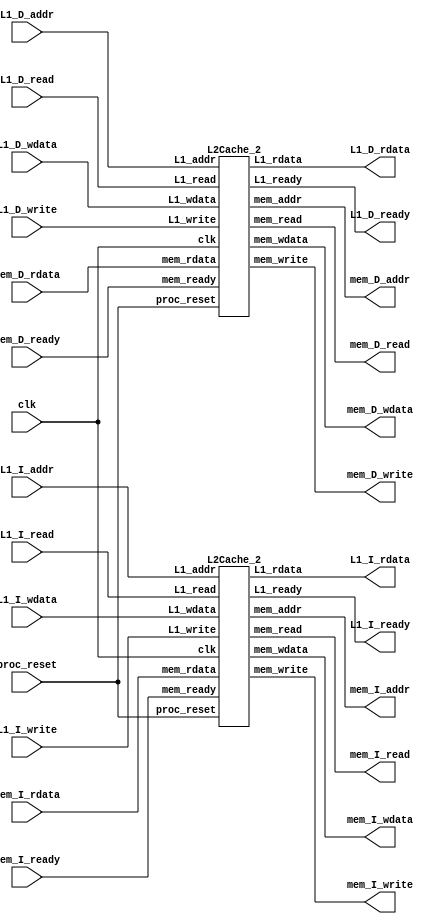


// 256 words total
`define CONST_block_size 128 // 4 word
`define CONST_block_num 64 // 64 block
`define CONST_associativity 2 // 2way
`define CONST_inst_block_num 32 // 50%

// inclusion policy : inclusive
// try  & Quick sort improvements

// log
// so far : port
// 
/* 
     3-state -> 5 state
    instruction prior to data

    CHIP.v 
    I D ?
    >  split

    I D 
        hasHazard : 544 / 1869
        L2Cache : 12852 / 46261
        ->  30%  data

    // Check:
        // addr  word -> 4 word
        // data 
        // rst => rst_n
*/
module L2Cache(
    // modified from HW4
    // 2-way associative cache, 8 block * 4 word
    clk,
    proc_reset,

    L1_I_read,
    L1_I_write, // noneed
    L1_I_addr,
    L1_I_rdata,
    L1_I_wdata, // noneed
    L1_I_ready,

    L1_D_read,
    L1_D_write,
    L1_D_addr,
    L1_D_rdata,
    L1_D_wdata,
    L1_D_ready,
    
    mem_I_read,
    mem_I_write, // noneed
    mem_I_addr,
    mem_I_rdata,
    mem_I_wdata, // noneed
    mem_I_ready,

    mem_D_read,
    mem_D_write,
    mem_D_addr,
    mem_D_rdata,
    mem_D_wdata,
    mem_D_ready
);
    
//==== input/output definition ============================
    input          clk;
    // processor interface
    input          proc_reset; 
    // L1 I_Cache
    input          L1_I_read, L1_I_write;
    input   [27:0] L1_I_addr;
    input   [127:0] L1_I_wdata;
    output /* reg */         L1_I_ready;
    output /* reg */  [127:0] L1_I_rdata;
    // L1 D_Cache
    input          L1_D_read, L1_D_write;
    input   [27:0] L1_D_addr;
    input   [127:0] L1_D_wdata;
    output /* reg */         L1_D_ready;
    output /* reg */  [127:0] L1_D_rdata;
    // I memory interface
    input  [127:0] mem_I_rdata;
    input          mem_I_ready;
    output /* reg */         mem_I_read, mem_I_write;
    output /* reg */ [27:0] mem_I_addr;
    output /* reg */ [127:0] mem_I_wdata;
    // D memory interface
    input  [127:0] mem_D_rdata;
    input          mem_D_ready;
    output /* reg */         mem_D_read, mem_D_write;
    output /* reg */ [27:0] mem_D_addr;
    output /* reg */ [127:0] mem_D_wdata;

    // test
    // assign mem_I_read = L1_I_read;
    // assign mem_I_write = L1_I_write;
    // assign mem_I_addr = L1_I_addr;
    // assign mem_I_wdata = L1_I_wdata;
    // assign L1_I_rdata = mem_I_rdata;
    // assign L1_I_ready = mem_I_ready;

    // assign mem_D_read = L1_D_read;
    // assign mem_D_write = L1_D_write;
    // assign mem_D_addr = L1_D_addr;
    // assign mem_D_wdata = L1_D_wdata;
    // assign L1_D_rdata = mem_D_rdata;
    // assign L1_D_ready = mem_D_ready;

    
// call instances
    L2Cache_2 I_Cache(
        .clk(clk),
        .proc_reset(proc_reset),

        .L1_read(L1_I_read),
        .L1_write(L1_I_write),
        .L1_addr(L1_I_addr),
        .L1_rdata(L1_I_rdata),
        .L1_wdata(L1_I_wdata),
        .L1_ready(L1_I_ready),

        .mem_read(mem_I_read),
        .mem_write(mem_I_write),
        .mem_addr(mem_I_addr),
        .mem_rdata(mem_I_rdata),
        .mem_wdata(mem_I_wdata),
        .mem_ready(mem_I_ready)
    );

    L2Cache_2 D_Cache(
        .clk(clk),
        .proc_reset(proc_reset),

        .L1_read(L1_D_read),
        .L1_write(L1_D_write),
        .L1_addr(L1_D_addr),
        .L1_rdata(L1_D_rdata),
        .L1_wdata(L1_D_wdata),
        .L1_ready(L1_D_ready),

        .mem_read(mem_D_read),
        .mem_write(mem_D_write),
        .mem_addr(mem_D_addr),
        .mem_rdata(mem_D_rdata),
        .mem_wdata(mem_D_wdata),
        .mem_ready(mem_D_ready)
    );

 /*    
//==== state definition ================================    
    reg [1:0] state_w, state_r;
    reg [1:0] state_D_w, state_D_r;
    localparam S_IDLE = 0;
    localparam S_WRITE_BACK = 1;
    localparam S_ALLOCATION = 2; */

/* //==== wire/reg definition ================================
    
    reg [127:0] data_w [0:(`CONST_block_num / `CONST_associativity)-1][0:`CONST_associativity-1];
    reg [127:0] data_r [0:(`CONST_block_num / `CONST_associativity)-1][0:`CONST_associativity-1];
    reg [25:0] tag_w [0:(`CONST_block_num / `CONST_associativity)-1][0:`CONST_associativity-1]; // 4-word addr 28bit -> 26 (/4)
    reg [25:0] tag_r [0:(`CONST_block_num / `CONST_associativity)-1][0:`CONST_associativity-1];
    reg valid_w [0:(`CONST_block_num / `CONST_associativity)-1][0:`CONST_associativity-1];
    reg valid_r [0:(`CONST_block_num / `CONST_associativity)-1][0:`CONST_associativity-1];
    reg dirty_w [0:(`CONST_block_num / `CONST_associativity)-1][0:`CONST_associativity-1];
    reg dirty_r [0:(`CONST_block_num / `CONST_associativity)-1][0:`CONST_associativity-1];
    reg LRU_w [0:(`CONST_block_num / `CONST_associativity)-1];
    reg LRU_r [0:(`CONST_block_num / `CONST_associativity)-1];
    reg type_w [0:(`CONST_block_num / `CONST_associativity)-1][0:`CONST_associativity-1];
    reg type_r [0:(`CONST_block_num / `CONST_associativity)-1][0:`CONST_associativity-1];

    wire [25:0] I_addr_tag;
    wire [1:0] I_addr_index;
    wire [1:0] I_addr_offset;
    assign addr_tag = L1_I_addr[29:4];
    assign addr_index = L1_I_addr[3:2];
    assign addr_offset = L1_I_addr[1:0];
    
    wire [25:0] D_addr_tag;
    wire [1:0] D_addr_index;
    wire [1:0] D_addr_offset;
    assign addr_tag = L1_I_addr[29:4];
    assign addr_index = L1_I_addr[3:2];
    assign addr_offset = L1_I_addr[1:0];
    
    wire sel_associative; // no use ?

    reg slot_num [0:(`CONST_block_num / `CONST_associativity)-1]; // ?

    integer i,j;
    
 */
 
/* //==== combinational circuit ==============================
    
    always @(*) begin
        // default values
        for (i = 0; i<(`CONST_block_num / `CONST_associativity); i=i+1) begin
            for (j = 0; j<`CONST_associativity; j=j+1) begin
                valid_w [i][j] = valid_r [i][j];
                dirty_w [i][j] = dirty_r [i][j];
                data_w [i][j] = data_r [i][j];
                tag_w [i][j] = tag_r [i][j];
                type_w [i][j] = type_r [i][j];
            end 
            LRU_w [i] = LRU_r [i];
            slot_num[i] = (valid_r[i][0]) ? 
                            (valid_r[i][1] ) ? LRU_r[i] : 1 
                            : 0;
        end
        L1_I_ready = 0;
        L1_I_rdata = 0;
        L1_D_ready = 0;
        L1_D_rdata = 0;
        mem_I_read = 0;
        mem_I_write = 0;
        mem_I_addr = 0;
        mem_I_wdata = 0;
        mem_D_read = 0;
        mem_D_write = 0;
        mem_D_addr = 0;
        mem_D_wdata = 0;
        // modifiable to save area ?
        // default not ready

        state_w = state_r;

        case (state_r)
            S_IDLE:begin
                if(proc_read || proc_write) begin 
                    // identify index, check valid first
                    // then check tag
                    if (valid_r[addr_index][0] && (tag_r[addr_index][0] == addr_tag) ) begin // valid & hit slot 0
                        LRU_w[addr_index] = 1; // set opposite
                        if (proc_read) begin // read
                            case (addr_offset) // *32
                                0: proc_rdata = data_r[addr_index][0][31 : 0];
                                1: proc_rdata = data_r[addr_index][0][63 : 32];
                                2: proc_rdata = data_r[addr_index][0][95 : 64];
                                3: proc_rdata = data_r[addr_index][0][127 : 96];
                            endcase
                        end
                        else begin // write
                            dirty_w[addr_index][0] = 1;
                            case (addr_offset) // *32
                                0: data_w[addr_index][0][31 : 0] = proc_wdata;
                                1: data_w[addr_index][0][63 : 32] = proc_wdata;
                                2: data_w[addr_index][0][95 : 64] = proc_wdata;
                                3: data_w[addr_index][0][127 : 96] = proc_wdata;
                            endcase
                        end
                    end

                    else if (valid_r[addr_index][1] && (tag_r[addr_index][1] == addr_tag) ) begin // valid & hit slot 1
                        LRU_w[addr_index] = 0; // set opposite
                        if (proc_read) begin // read
                            case (addr_offset) // *32
                                0: proc_rdata = data_r[addr_index][1][31 : 0];
                                1: proc_rdata = data_r[addr_index][1][63 : 32];
                                2: proc_rdata = data_r[addr_index][1][95 : 64];
                                3: proc_rdata = data_r[addr_index][1][127 : 96];
                            endcase
                        end
                        else begin // write
                            dirty_w[addr_index][1] = 1;
                            case (addr_offset) // *32
                                0: data_w[addr_index][1][31 : 0] = proc_wdata;
                                1: data_w[addr_index][1][63 : 32] = proc_wdata;
                                2: data_w[addr_index][1][95 : 64] = proc_wdata;
                                3: data_w[addr_index][1][127 : 96] = proc_wdata;
                            endcase
                        end
                    end
                    
                    // structure TBM
                    // no buffer for now
                    // else if ((!valid_r[addr_index][ LRU_r[addr_index] ]) || (!dirty_r[addr_index][ LRU_r[addr_index] ])) begin 
                    else if ((!valid_r[addr_index][ slot_num[addr_index] ]) || (!dirty_r[addr_index][ slot_num[addr_index] ])) begin 
                    // clean or not valid, allocate directly
                        state_w = S_ALLOCATION;
                        proc_stall = 1;
                        mem_read = 1;
                        mem_addr = {addr_tag, addr_index};
                    end
                    else begin // write back existing data
                        state_w = S_WRITE_BACK;
                        proc_stall = 1;
                        mem_write = 1;
                        // mem_addr = {tag_r[addr_index][ LRU_r[addr_index] ], addr_index};
                        mem_addr = {tag_r[addr_index][ slot_num[addr_index] ], addr_index};
                        // mem_wdata = data_r[addr_index][ LRU_r[addr_index] ];
                        mem_wdata = data_r[addr_index][ slot_num[addr_index] ];
                    end

                    //fetch with write allocation(fetch when write miss)
                    
                end
                
            end

            S_WRITE_BACK: begin
                proc_stall = 1;
                mem_write = 1;
                mem_addr = {tag_r[addr_index][ slot_num[addr_index] ], addr_index};
                mem_wdata = data_r[addr_index][ slot_num[addr_index] ];
                // how modify, avoid duplicate

                if (mem_ready) begin 
                    state_w = S_ALLOCATION;
                    proc_stall = 1; 
                    mem_read = 1;
                    mem_addr = {addr_tag, addr_index};
                end
            end

            S_ALLOCATION: begin
                proc_stall = 1;
                mem_read = 1;
                mem_addr = {addr_tag, addr_index};
                // how modify, avoid duplicate
                
                if (mem_ready) begin // half cycle left for CPU ?    
                    data_w[addr_index][ slot_num[addr_index] ] = mem_rdata;   
                    valid_w[addr_index][ slot_num[addr_index] ] = 1;
                    dirty_w[addr_index][ slot_num[addr_index] ] = 0;
                    tag_w[addr_index][ slot_num[addr_index] ] = addr_tag;
                    state_w = S_IDLE;
                    
                    proc_stall = 0;
                    // LRU_w[addr_index] = ~LRU_r[addr_index];
                    LRU_w[addr_index] = ~slot_num[addr_index];
                    if (proc_read) begin
                        case (addr_offset) // *32
                            0: proc_rdata = mem_rdata[31 : 0];
                            1: proc_rdata = mem_rdata[63 : 32];
                            2: proc_rdata = mem_rdata[95 : 64];
                            3: proc_rdata = mem_rdata[127 : 96];
                        endcase
                    end
                    else begin // write
                        dirty_w[addr_index][ slot_num[addr_index] ] = 1;
                        case (addr_offset) // *32
                            0: data_w[addr_index][ slot_num[addr_index] ][31 : 0] = proc_wdata;
                            1: data_w[addr_index][ slot_num[addr_index] ][63 : 32] = proc_wdata;
                            2: data_w[addr_index][ slot_num[addr_index] ][95 : 64] = proc_wdata;
                            3: data_w[addr_index][ slot_num[addr_index] ][127 : 96] = proc_wdata;
                        endcase
                    end

                end
            end

        endcase
    end
     */
/* //==== sequential circuit =================================
    always@( posedge clk ) begin
        if( proc_reset ) begin
            for (i = 0; i<(`CONST_block_num / `CONST_associativity); i=i+1) begin
                for (j = 0; j<`CONST_associativity; j=j+1) begin
                    valid_r[i][j] <= 0;
                    dirty_r[i][j] <= 0;
                end
                LRU_r[i] <= 0;
            end
            
            state_r <= S_IDLE;
        end

        else begin
            for (i = 0; i<(`CONST_block_num / `CONST_associativity); i=i+1) begin
                for (j = 0; j<`CONST_associativity; j=j+1) begin
                    valid_r [i][j] <= valid_w [i][j];
                    dirty_r [i][j] <= dirty_w [i][j];
                    data_r [i][j] <= data_w [i][j];
                    tag_r [i][j] <= tag_w [i][j];
                    type_r [i][j] <= type_w [i][j];
                end      
                LRU_r[i] <= LRU_w[i];
            end

            state_r <= state_w;
        end
    end */

endmodule

module L2Cache_2
    // individual split cache
    // default 2-way associative cache, 32 block * 4 word
    
    // block size ?
    // sequential 
        //  ready & rdata  reg 

    // 

    # (
        parameter para_block_size = 128, // 4 word 
        parameter para_block_num = 16/* 32 */, // 32 blocks
        parameter para_associativity = 2 // 2way
    )
    (
        clk,
        proc_reset,

        L1_read,
        L1_write,
        L1_addr,
        L1_rdata,
        L1_wdata,
        L1_ready,
        
        mem_read,
        mem_write,
        mem_addr,
        mem_rdata,
        mem_wdata,
        mem_ready
    );
    
//==== input/output definition ============================
    input          clk;
    // processor interface
    input          proc_reset; // active low ?
    // L1 Cache
    input          L1_read, L1_write;
    input   [27:0] L1_addr;
    input   [127:0] L1_wdata;
    output reg         L1_ready;
    output reg  [127:0] L1_rdata;
    // memory interface
    input  [127:0] mem_rdata;
    input          mem_ready;
    output reg         mem_read, mem_write;
    output reg [27:0] mem_addr;
    output reg [127:0] mem_wdata;
    // read & write 

    reg         L1_ready_w, L1_ready_r;
    reg  [127:0] L1_rdata_w, L1_rdata_r;
//==== state definition ================================    
    reg [1:0] state_w, state_r;
    localparam S_IDLE = 0;
    localparam S_WRITE_BACK = 1;
    localparam S_ALLOCATION = 2;
    localparam S_STORAGE = 3;

//==== wire/reg definition ================================
    
    reg [127:0] data_w [0:(para_block_num / para_associativity)-1][0:para_associativity-1];
    reg [127:0] data_r [0:(para_block_num / para_associativity)-1][0:para_associativity-1];
    reg [27-log2(para_block_num / para_associativity):0] tag_w [0:(para_block_num / para_associativity)-1][0:para_associativity-1];
    reg [27-log2(para_block_num / para_associativity):0] tag_r [0:(para_block_num / para_associativity)-1][0:para_associativity-1];
    reg valid_w [0:(para_block_num / para_associativity)-1][0:para_associativity-1];
    reg valid_r [0:(para_block_num / para_associativity)-1][0:para_associativity-1];
    reg dirty_w [0:(para_block_num / para_associativity)-1][0:para_associativity-1];
    reg dirty_r [0:(para_block_num / para_associativity)-1][0:para_associativity-1];
    reg [log2(para_associativity)-1:0] LRU_w [0:(para_block_num / para_associativity)-1];
    reg [log2(para_associativity)-1:0] LRU_r [0:(para_block_num / para_associativity)-1];
    reg type_w [0:(para_block_num / para_associativity)-1][0:para_associativity-1];
    reg type_r [0:(para_block_num / para_associativity)-1][0:para_associativity-1];
    
    function [31:0] log2;
        input [31:0] value;
        integer i;
        reg [31:0] j;
        begin
            j = value - 1;
            log2 = 0;
            for (i = 0; i < 31; i = i + 1)
                if (j[i]) log2 = i+1;
        end
    endfunction
    
    // 4-word addr incoming [27:0]
    // 4-word addr output
    wire [27-log2(para_block_num / para_associativity):0] addr_tag;
    wire [log2(para_block_num / para_associativity)-1:0] addr_index;
    assign addr_tag = L1_addr[27:log2(para_block_num / para_associativity)]; // mem
    assign addr_index = L1_addr[log2(para_block_num / para_associativity)-1:0]; // mem
    
    // 4-word storage, no longer need index
    // wire [1:0] addr_offset;
    // assign addr_offset = L1_addr[1:0]; 
    
    reg [log2(para_associativity)-1:0] slot_num [0:(para_block_num / para_associativity)-1]; // ?

    integer i,j;

    reg [127:0] mem_rdata_r;
    
//==== combinational circuit ==============================
    
    always @(*) begin
        // default values
        for (i = 0; i<(para_block_num / para_associativity); i=i+1) begin
            for (j = 0; j<para_associativity; j=j+1) begin
                valid_w [i][j] = valid_r [i][j];
                dirty_w [i][j] = dirty_r [i][j];
                data_w [i][j] = data_r [i][j];
                tag_w [i][j] = tag_r [i][j];
                type_w [i][j] = type_r [i][j];
            end 
            LRU_w [i] = LRU_r [i];
            slot_num[i] = (valid_r[i][0]) ? 
                            (valid_r[i][1] ) ? LRU_r[i] : 1 
                            : 0;
        end
        L1_ready = L1_ready_r;
        L1_rdata = L1_rdata_r;
        L1_ready_w = 0/* L1_ready_r */;
        L1_rdata_w = L1_rdata_r;

        mem_read = 0;
        mem_write = 0;
        mem_addr = 0;
        mem_wdata = 0;
        // modifiable to save area ?
        // default not ready

        state_w = state_r;

        case (state_r)
            S_IDLE:begin
                // expecting  cycle  data
                //  L1 cache ->  reg 

                if(L1_read || L1_write) begin 
                    // identify index, check valid first
                    // then check tag
                    if (valid_r[addr_index][0] && (tag_r[addr_index][0] == addr_tag) ) begin // valid & hit slot 0
                        LRU_w[addr_index] = 1; // set opposite
                        L1_ready_w = 1;
                        if (L1_read) begin // read
                            // case (addr_offset) // *32
                            //     0: L1_rdata_w = data_r[addr_index][0][31 : 0];
                            //     1: L1_rdata_w = data_r[addr_index][0][63 : 32];
                            //     2: L1_rdata_w = data_r[addr_index][0][95 : 64];
                            //     3: L1_rdata_w = data_r[addr_index][0][127 : 96];
                            // endcase
                            L1_rdata_w = data_r[addr_index][0];
                        end
                        else begin // write
                            dirty_w[addr_index][0] = 1;
                            // case (addr_offset) // *32
                            //     0: data_w[addr_index][0][31 : 0] = L1_wdata;
                            //     1: data_w[addr_index][0][63 : 32] = L1_wdata;
                            //     2: data_w[addr_index][0][95 : 64] = L1_wdata;
                            //     3: data_w[addr_index][0][127 : 96] = L1_wdata;
                            // endcase
                            data_w[addr_index][0] = L1_wdata;
                        end
                    end

                    else if (valid_r[addr_index][1] && (tag_r[addr_index][1] == addr_tag) ) begin // valid & hit slot 1
                        LRU_w[addr_index] = 0; // set opposite
                        L1_ready_w = 1;
                        if (L1_read) begin // read
                            // case (addr_offset) // *32
                            //     0: L1_rdata_w = data_r[addr_index][1][31 : 0];
                            //     1: L1_rdata_w = data_r[addr_index][1][63 : 32];
                            //     2: L1_rdata_w = data_r[addr_index][1][95 : 64];
                            //     3: L1_rdata_w = data_r[addr_index][1][127 : 96];
                            // endcase
                            L1_rdata_w = data_r[addr_index][1];
                        end
                        else begin // write
                            dirty_w[addr_index][1] = 1;
                            // case (addr_offset) // *32
                            //     0: data_w[addr_index][1][31 : 0] = L1_wdata;
                            //     1: data_w[addr_index][1][63 : 32] = L1_wdata;
                            //     2: data_w[addr_index][1][95 : 64] = L1_wdata;
                            //     3: data_w[addr_index][1][127 : 96] = L1_wdata;
                            // endcase
                            data_w[addr_index][1] = L1_wdata;
                        end
                    end
                    
                    // structure TBM
                    // no buffer for now
                    // else if ((!valid_r[addr_index][ LRU_r[addr_index] ]) || (!dirty_r[addr_index][ LRU_r[addr_index] ])) begin 
                    else if ((!valid_r[addr_index][ slot_num[addr_index] ]) || (!dirty_r[addr_index][ slot_num[addr_index] ])) begin 
                    // clean or not valid, allocate directly
                        state_w = S_ALLOCATION;
                        L1_ready_w = 0;

                        mem_read = 1;
                        mem_addr = {addr_tag, addr_index};
                    end
                    else begin // write back existing data
                        state_w = S_WRITE_BACK;
                        L1_ready_w = 0;

                        mem_write = 1;
                        // mem_addr = {tag_r[addr_index][ LRU_r[addr_index] ], addr_index};
                        mem_addr = {tag_r[addr_index][ slot_num[addr_index] ], addr_index};
                        // mem_wdata = data_r[addr_index][ LRU_r[addr_index] ];
                        mem_wdata = data_r[addr_index][ slot_num[addr_index] ];
                    end

                    //fetch with write allocation(fetch when write miss)
                    
                end
                
            end

            S_WRITE_BACK: begin
                L1_ready_w = 0;

                mem_write = 1;
                mem_addr = {tag_r[addr_index][ slot_num[addr_index] ], addr_index};
                mem_wdata = data_r[addr_index][ slot_num[addr_index] ];
                // how modify, avoid duplicate

                if (mem_ready) begin 
                    state_w = S_ALLOCATION;
                    L1_ready_w = 0;

                    mem_read = 1;
                    mem_addr = {addr_tag, addr_index};
                end
            end

            S_ALLOCATION: begin
                L1_ready_w = 0;

                mem_read = 1;
                mem_addr = {addr_tag, addr_index};
                // how modify, avoid duplicate
                
                if (mem_ready) begin // half cycle left for CPU ? 
                    state_w = S_STORAGE;

                    /* data_w[addr_index][ slot_num[addr_index] ] = mem_rdata;   
                    valid_w[addr_index][ slot_num[addr_index] ] = 1;
                    dirty_w[addr_index][ slot_num[addr_index] ] = 0;
                    tag_w[addr_index][ slot_num[addr_index] ] = addr_tag;
                    state_w = S_IDLE;

                    L1_ready_w = 1;
                    
                    // proc_stall = 0;
                    // LRU_w[addr_index] = ~LRU_r[addr_index];
                    LRU_w[addr_index] = ~slot_num[addr_index]; */

                    /* if (L1_read) begin
                        // case (addr_offset) // *32
                        //     0: L1_rdata_w = mem_rdata[31 : 0];
                        //     1: L1_rdata_w = mem_rdata[63 : 32];
                        //     2: L1_rdata_w = mem_rdata[95 : 64];
                        //     3: L1_rdata_w = mem_rdata[127 : 96];
                        // endcase
                        L1_rdata_w = mem_rdata;
                    end
                    else begin // write
                        dirty_w[addr_index][ slot_num[addr_index] ] = 1;
                        // case (addr_offset) // *32
                        //     0: data_w[addr_index][ slot_num[addr_index] ][31 : 0] = L1_wdata;
                        //     1: data_w[addr_index][ slot_num[addr_index] ][63 : 32] = L1_wdata;
                        //     2: data_w[addr_index][ slot_num[addr_index] ][95 : 64] = L1_wdata;
                        //     3: data_w[addr_index][ slot_num[addr_index] ][127 : 96] = L1_wdata;
                        // endcase
                        data_w[addr_index][ slot_num[addr_index] ] = L1_wdata;
                    end */

                end
            end

            S_STORAGE: begin
                data_w[addr_index][ slot_num[addr_index] ] = mem_rdata_r;   
                valid_w[addr_index][ slot_num[addr_index] ] = 1;
                dirty_w[addr_index][ slot_num[addr_index] ] = 0;
                tag_w[addr_index][ slot_num[addr_index] ] = addr_tag;
                
                state_w = S_IDLE;
                L1_ready_w = 1;

                LRU_w[addr_index] = ~slot_num[addr_index];

                if (L1_read) begin
                    L1_rdata_w = mem_rdata;
                    end
                else begin // write
                    dirty_w[addr_index][ slot_num[addr_index] ] = 1;
                    
                    data_w[addr_index][ slot_num[addr_index] ] = L1_wdata;
                end
            end

        endcase
    end
    
//==== sequential circuit =================================
    always@( posedge clk ) begin
        if( proc_reset ) begin
            for (i = 0; i<(para_block_num / para_associativity); i=i+1) begin
                for (j = 0; j<para_associativity; j=j+1) begin
                    valid_r[i][j] <= 0;
                    dirty_r[i][j] <= 0;
                end
                LRU_r[i] <= 0;
            end
            
            state_r <= S_IDLE;
            L1_rdata_r <= 0;
            L1_ready_r <= 0;
        end

        else begin
            for (i = 0; i<(para_block_num / para_associativity); i=i+1) begin
                for (j = 0; j<para_associativity; j=j+1) begin
                    valid_r [i][j] <= valid_w [i][j];
                    dirty_r [i][j] <= dirty_w [i][j];
                    data_r [i][j] <= data_w [i][j];
                    tag_r [i][j] <= tag_w [i][j];
                    type_r [i][j] <= type_w [i][j];
                end      
                LRU_r[i] <= LRU_w[i];
            end

            state_r <= state_w;
            L1_rdata_r <= L1_rdata_w;
            L1_ready_r <= L1_ready_w;
        end
    end

    always @(posedge clk) begin
        if (proc_reset)begin
            mem_rdata_r <= 0;
        end
        mem_rdata_r <= mem_rdata;
    end

endmodule